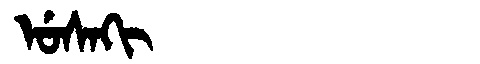
Manchu: ᡠᠰᠠᡴᡳ
Romanization: USAKI